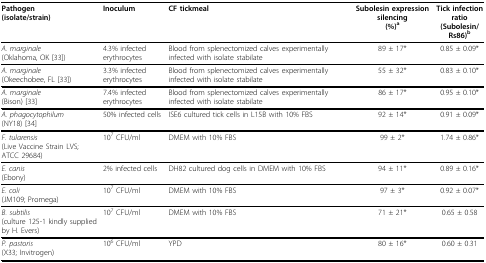
<table><thead><tr><td><b>Pathogen(isolate/strain)</b></td><td><b>Inoculum</b></td><td><b>CF tickmeal</b></td><td><b>Subolesin expression silencing(%)<sup>a</sup></b></td><td><b>Tick infection ratio(Subolesin/Rs86)<sup>b</sup></b></td></tr></thead><tbody><tr><td><i>A. marginale</i>(Oklahoma, OK [33])</td><td>4.3% infected erythrocytes</td><td>Blood from splenectomized calves experimentally infected with isolate stabilate</td><td>89 ± 17*</td><td>0.85 ± 0.09*</td></tr><tr><td><i>A. marginale</i>(Okeechobee, FL [33])</td><td>3.3% infected erythrocytes</td><td>Blood from splenectomized calves experimentally infected with isolate stabilate</td><td>55 ± 32*</td><td>0.83 ± 0.10*</td></tr><tr><td><i>A. marginale</i>(Bison) [33]</td><td>7.4% infected erythrocytes</td><td>Blood from splenectomized calves experimentally infected with isolate stabilate</td><td>86 ± 17*</td><td>0.95 ± 0.10*</td></tr><tr><td><i>A. phagocytophilum</i>(NY18) [34]</td><td>50% infected cells</td><td>ISE6 cultured tick cells in L15B with 10% FBS</td><td>92 ± 14*</td><td>0.91 ± 0.09*</td></tr><tr><td><i>F. tularensis</i>(Live Vaccine Strain LVS; ATCC 29684)</td><td>10<sup>7 </sup>CFU/ml</td><td>DMEM with 10% FBS</td><td>99 ± 2*</td><td>1.74 ± 0.86*</td></tr><tr><td><i>E. canis</i>(Ebony)</td><td>2% infected cells</td><td>DH82 cultured dog cells in DMEM with 10% FBS</td><td>94 ± 11*</td><td>0.89 ± 0.16*</td></tr><tr><td><i>E. coli</i>(JM109; Promega)</td><td>10<sup>7 </sup>CFU/ml</td><td>DMEM with 10% FBS</td><td>97 ± 3*</td><td>0.92 ± 0.07*</td></tr><tr><td><i>B. subtilis</i>(culture 125-1 kindly supplied by H. Evers)</td><td>10<sup>7 </sup>CFU/ml</td><td>DMEM with 10% FBS</td><td>71 ± 21*</td><td>0.65 ± 0.58</td></tr><tr><td><i>P. pastoris</i>(X33; Invitrogen)</td><td>10<sup>6 </sup>CFU/ml</td><td>YPD</td><td>80 ± 16*</td><td>0.60 ± 0.31</td></tr></tbody></table>